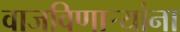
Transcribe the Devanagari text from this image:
वाजविणार्‍यांना